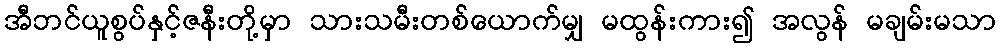
အီဘင်ယူစွပ်နှင့်ဇနီးတို့မှာ သားသမီးတစ်ယောက်မျှ မထွန်းကား၍ အလွန် မချမ်းမသာ